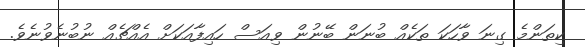
ކިތަންމެ ގިނަ ވާހަކަ ތަކެއް ބުނަން ބޭނުން ވިއަސް ހައިފާއަކަށް އެއްޗެއް ނުބުނެވުނެވެ.